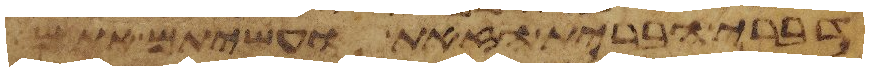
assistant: דברי הברית הזאת ועשיתם אתם